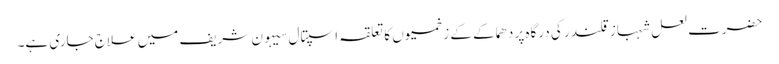
حضرت لعل شہباز قلندر کی درگاہ پر دھماکے کے زخمیوں کا تعلقہ اسپتال سیہون شریف میں علاج جاری ہے۔